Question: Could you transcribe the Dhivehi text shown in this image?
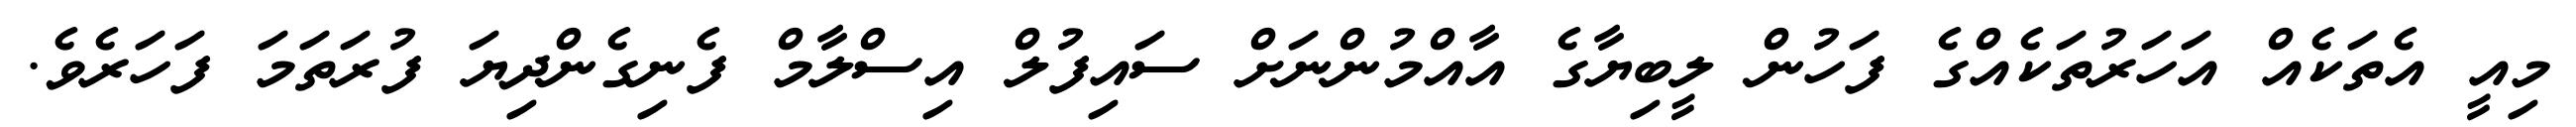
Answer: މިއީ އެތަކެއް އަހަރުތަކެއްގެ ފަހުން ލީބިޔާގެ އާއްމުންނަށް ސައިފުލް އިސްލާމް ފެނިގެންދިޔަ ފުރަތަމަ ފަހަރެވެ.